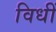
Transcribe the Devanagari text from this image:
विधीं